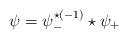
LaTeX: \begin{align*} \psi=\psi_{-}^{\star{(-1)}}\star \psi_{+} \end{align*}